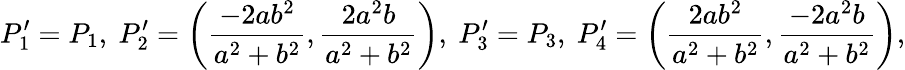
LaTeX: P_{1}^{\prime}=P_{1},\mathrm{~}P_{2}^{\prime}=\left(\frac{-2ab^{2}}{a^{2}+b^{2}},\frac{2a^{2}b}{a^{2}+b^{2}}\right),\mathrm{~}P_{3}^{\prime}=P_{3},\mathrm{~}P_{4}^{\prime}=\left(\frac{2ab^{2}}{a^{2}+b^{2}},\frac{-2a^{2}b}{a^{2}+b^{2}}\right),